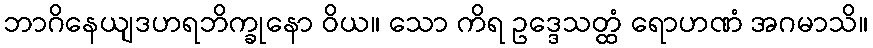
ဘာဂိနေယျဒဟရဘိက္ခုနော ဝိယ။ သော ကိရ ဥဒ္ဒေသတ္ထံ ရောဟဏံ အဂမာသိ။